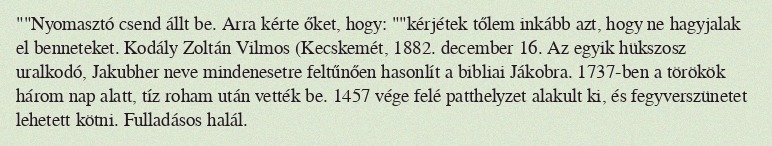
""Nyomasztó csend állt be. Arra kérte őket, hogy: ""kérjétek tőlem inkább azt, hogy ne hagyjalak el benneteket. Kodály Zoltán Vilmos (Kecskemét, 1882. december 16. Az egyik hükszosz uralkodó, Jakubher neve mindenesetre feltűnően hasonlít a bibliai Jákobra. 1737-ben a törökök három nap alatt, tíz roham után vették be. 1457 vége felé patthelyzet alakult ki, és fegyverszünetet lehetett kötni. Fulladásos halál.